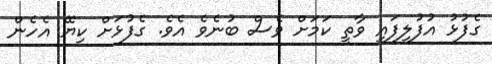
ގެފުޅު އުފުލިފައި ވާތީ ކަމަށް ވެސް ބުނެވެ އެވެ. ގެފުޅަށް ކިޔޭ އެހެން